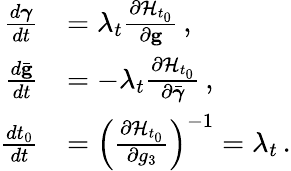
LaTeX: \begin{array}{rl}{\frac{d{\boldsymbol{\gamma}}}{dt}}&{=\lambda_{t}\frac{\partial{\cal H}_{t_{0}}}{\partial{\mathbf g}}\, ,}\\ {\frac{d\bar{\mathbf g}}{dt}}&{=-\lambda_{t}\frac{\partial{\cal H}_{t_{0}}}{\partial\bar{\boldsymbol{\gamma}}}\, ,}\\ {\frac{dt_{0}}{dt}}&{=\left(\frac{\partial{\cal H}_{t_{0}}}{\partial g_{3}}\right)^{-1}=\lambda_{t}\, .}\end{array}